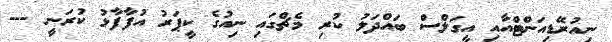
ނިއުރޭޑިއަންޓްއާއި އީގަލްސް ބައްދަލު ކުރި މެޗްގައި ނިއުގެ ކީޕަރު އުފާފާޅު ކުރަނީ ---